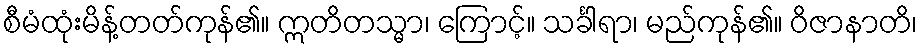
စီမံထုံးမိန့်တတ်ကုန်၏။ ဣတိတသ္မာ၊ ကြောင့်။ သင်္ခါရာ၊ မည်ကုန်၏။ ဝိဇာနာတိ၊